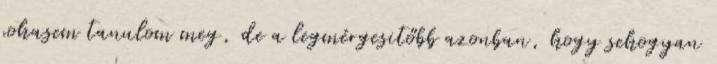
sohasem tanulom meg, de a legmérgesitőbb azonban, hogy sehogyan